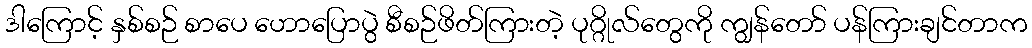
ဒါကြောင့် နှစ်စဉ် စာပေ ဟောပြောပွဲ စီစဉ်ဖိတ်ကြားတဲ့ ပုဂ္ဂိုလ်တွေကို ကျွန်တော် ပန်ကြားချင်တာက